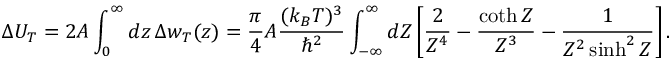
\Delta U _ { T } = 2 A \int _ { 0 } ^ { \infty } d z \, \Delta w _ { T } ( z ) = { \frac { \pi } { 4 } } A { \frac { ( k _ { B } T ) ^ { 3 } } { \hbar ^ { 2 } } } \int _ { - \infty } ^ { \infty } d { \cal Z } \left[ { \frac { 2 } { { \cal Z } ^ { 4 } } } - { \frac { \coth { \cal Z } } { { \cal Z } ^ { 3 } } } - { \frac { 1 } { { \cal Z } ^ { 2 } \sinh ^ { 2 } { \cal Z } } } \right] .